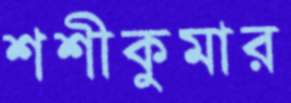
শশীকুমার